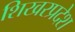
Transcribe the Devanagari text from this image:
शिखरप्रदेश